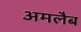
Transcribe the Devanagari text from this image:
अमलैब